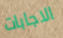
الاجابات